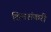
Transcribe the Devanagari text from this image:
शिवशंकरी